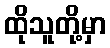
ထိုသူတို့မှာ